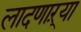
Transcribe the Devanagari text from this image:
लादणाऱ्या